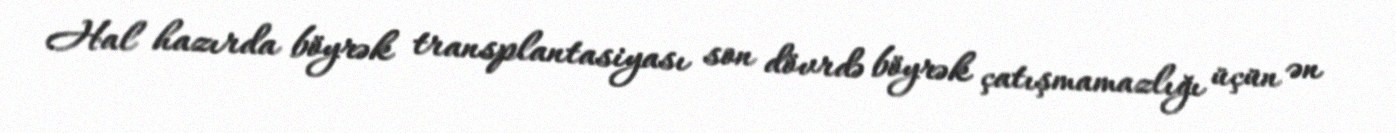
Hal hazırda böyrək transplantasiyası son dövrdə böyrək çatışmamazlığı üçün ən